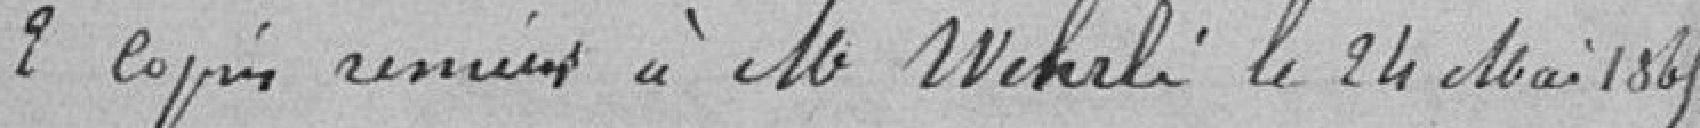
2 copies remises à Monsieur WEKALI le 24 Mai 1865